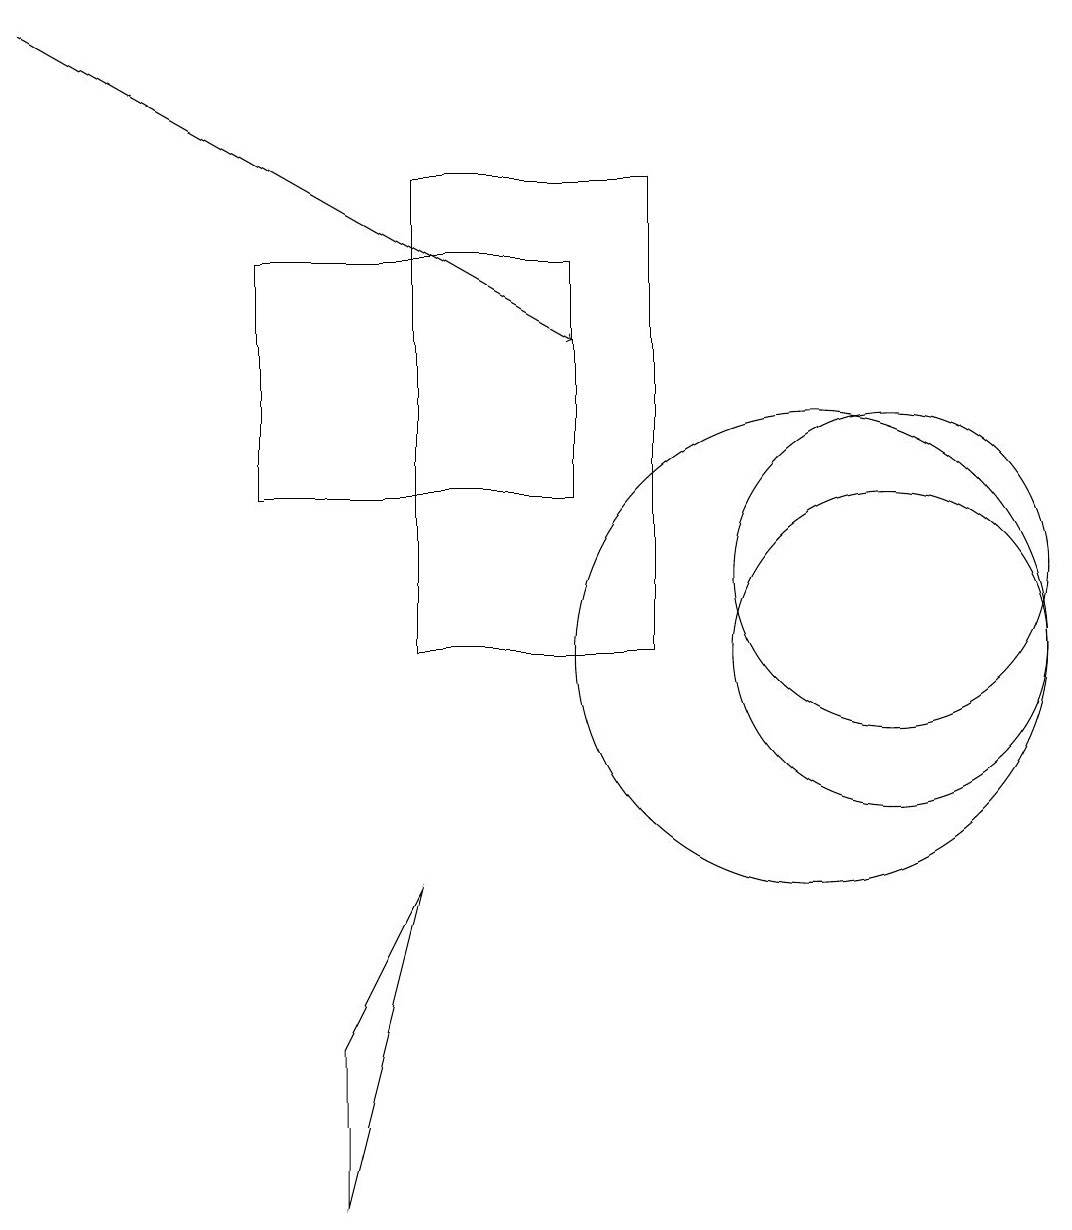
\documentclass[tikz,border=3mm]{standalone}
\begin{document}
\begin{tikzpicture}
\draw (11,11) circle (2);
\draw (10,10) circle (3);
\draw (5,10) rectangle (8,16);
\draw (4,5) -- (5,7) -- (4,3) -- cycle;
\draw[->] (0,18) -- (7,14);
\draw (11,10) circle (2);
\draw (7,15) rectangle (3,12);
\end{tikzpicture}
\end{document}